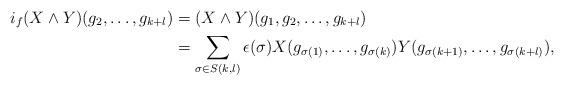
LaTeX: \begin{align*}i_f (X\wedge Y)(g_2,\dots, g_{k+l})&=(X\wedge Y)(g_1,g_2,\dots,g_{k+l})\\&=\sum_{\sigma\in S(k,l)} \epsilon(\sigma)X(g_{\sigma(1)},\dots, g_{\sigma(k)})Y(g_{\sigma(k+1)},\dots,g_{\sigma(k+l)}), \end{align*}